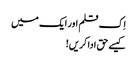
اِک قلم اور ایک میں
کیسے حق ادا کریں!